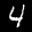
Label: 4